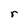
Character: r